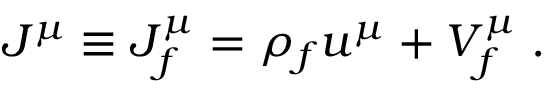
J ^ { \mu } \equiv J _ { f } ^ { \mu } = \rho _ { f } u ^ { \mu } + V _ { f } ^ { \mu } \; .